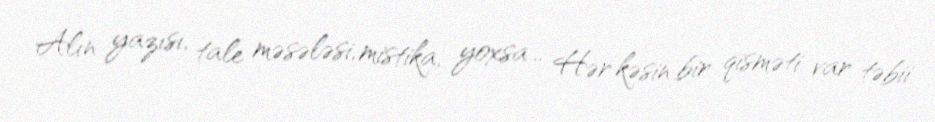
Alın yazısı, tale məsələsi, mistika, yoxsa... Hər kəsin bir qisməti var təbii